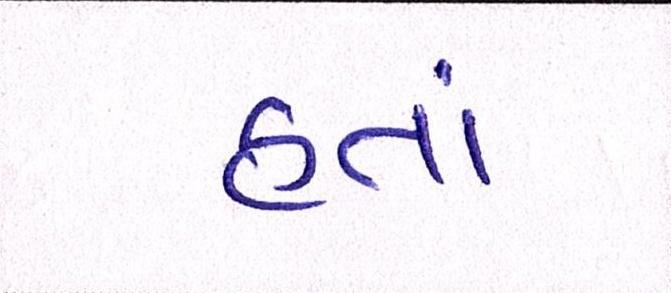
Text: હતાં